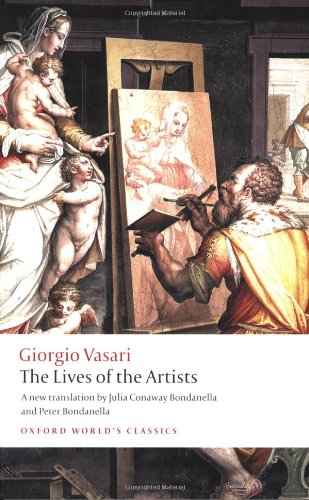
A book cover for The Lives of the Artists (Oxford World's Classics); Giorgio Vasari; Arts & Photography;